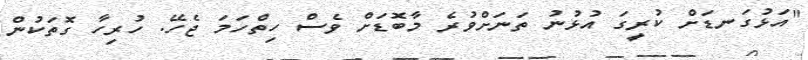
"އަޅުގަނޑަށް ކުރީގަ އުޅުނު ތަނަށްވުރެ މާބޮޑަށް ވެސް ހިތްހަމަ ޖެހޭ. ހުރިހާ ގޮތަކުން